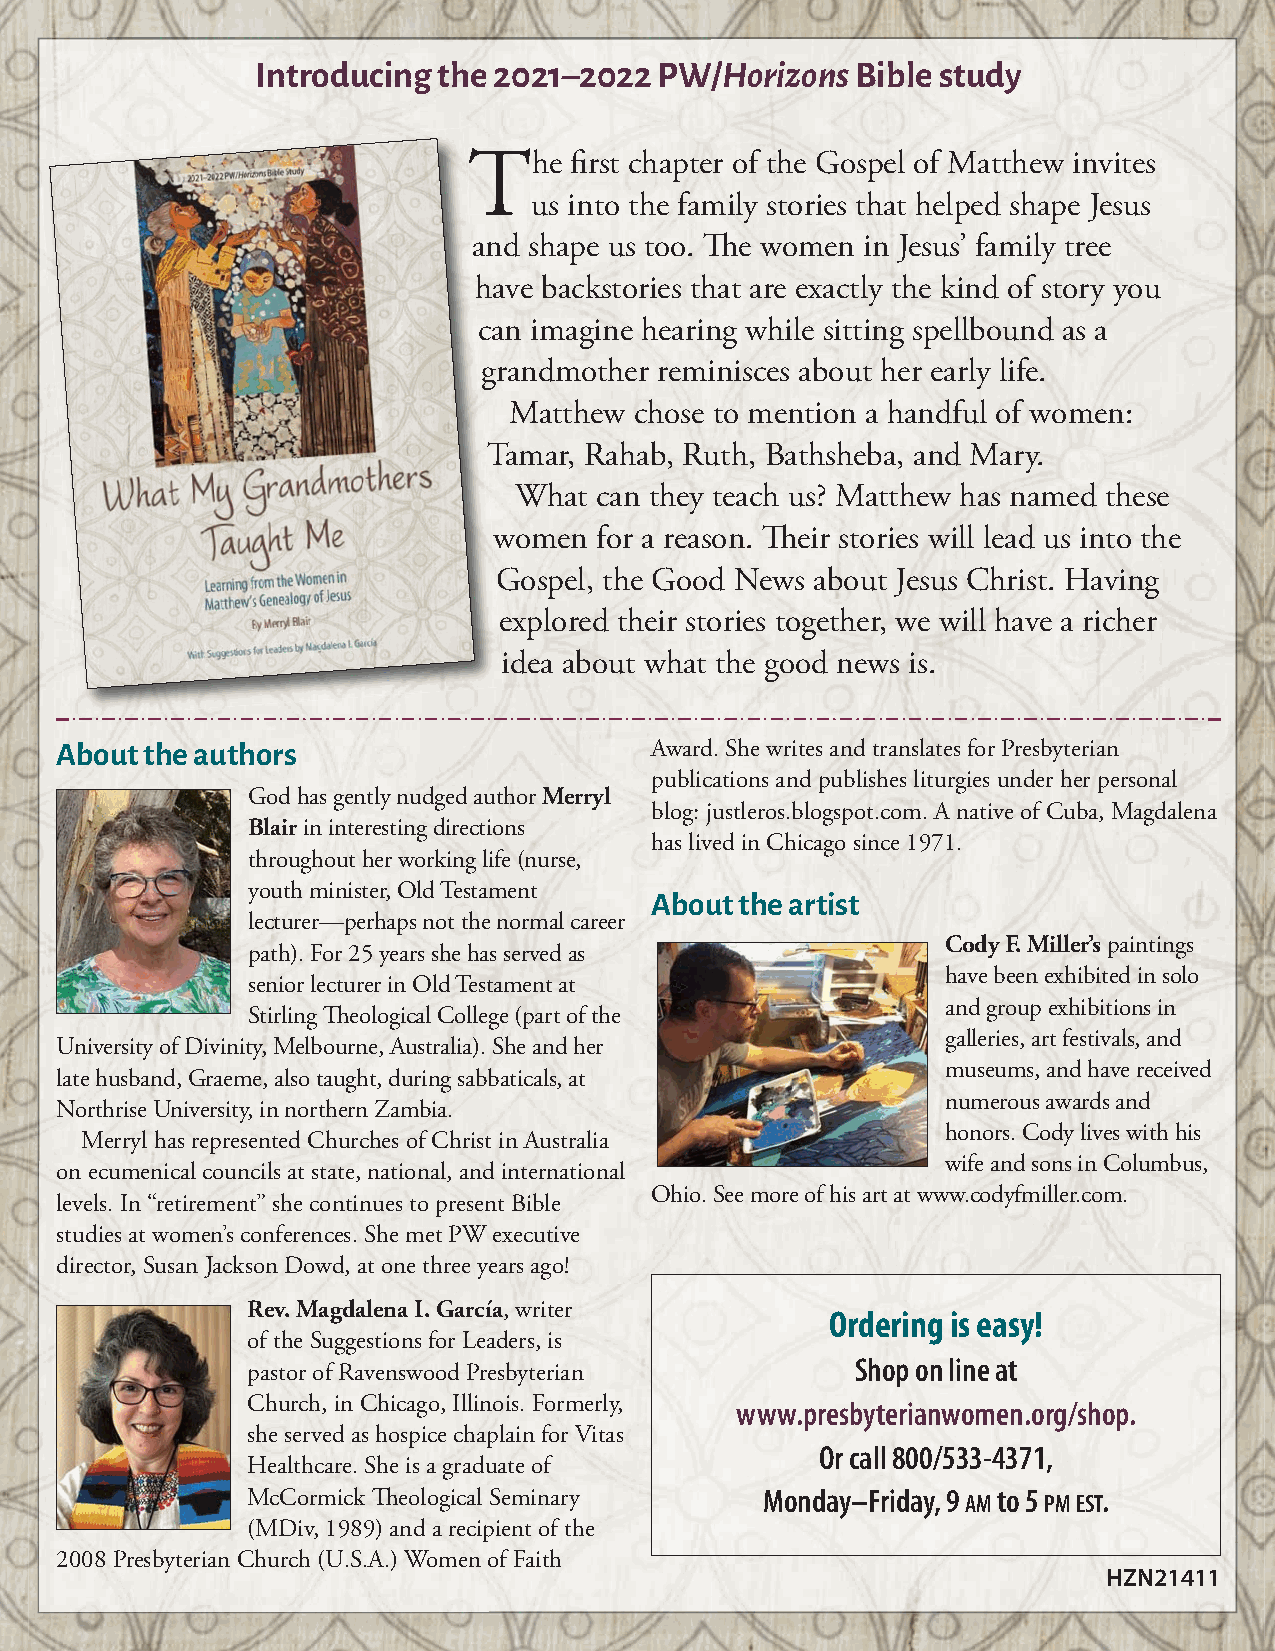
Introducing the 2021–2022  PW/HorizonsBible  study
 TThe   first chapter of the Gospel of Matthew invites
 us into the family stories that helped shape Jesus
 and shape us too. e women in Jesus’ family tree
 have backstories that are exactly the kind of story you
 can imagine hearing while sitting spellbound as a
 ggrandmother reminisces about her early life.
 Matthew chose to mention a handful of women:
 TTamar, Rahab, Ruth, Bathsheba, and Mary.
 What can they teach us? Matthew has named these
 wwomen for a reason. eir stories will lead us into the
 Gospel, the Good News about Jesus Christ. Having
 explored their stories together, we will have a richer
 idea about what the good news is.
 About the authors                      Award. She writes and translates for Presbyterian
 publications and publishes liturgies under her personal
 God has gently nudged author Merryl
 blog: justleros.blogspot.com. A native of Cuba, Magdalena
 Blairin interesting directions
 has lived in Chicago since 1971.
 throughout her working life (nurse,
 youth minister, Old Testament
 About the artist
 lecturer—perhaps not the normal career
 Cody F. Miller’spaintings
 path). For 25 years she has served as
 have been exhibited in solo
 senior lecturer in Old Testament at
 and group exhibitions in
 Stirling eological College (part of the
 galleries, art festivals, and
 University of Divinity, Melbourne, Australia). She and her
 museums, and have received
 late husband, Graeme, also taught, during sabbaticals, at
 numerous awards and
 Northrise University, in northern Zambia.
 honors. Cody lives with his
 Merryl has represented Churches of Christ in Australia
 wife and sons in Columbus,
 on ecumenical councils at state, national, and international
 Ohio. See more of his art at www.codyfmiller.com.
 levels. In “retirement” she continues to present Bible
 studies at women’s conferences. She met PW executive
 director, Susan Jackson Dowd, at one three years ago!
 Rev. Magdalena I. García, writer
 Ordering is easy!
 of the Suggestions for Leaders, is
 Shop on line at
 pastor of Ravenswood Presbyterian
 Church, in Chicago, Illinois. Formerly, www.presbyterianwomen.org/shop.
 she served as hospice chaplain for Vitas
 Or call 800/533-4371,
 Healthcare. She is a graduate of
 McCormick eological Seminary      Monday–Friday, 9 AMto 5 PMEST.
 (MDiv, 1989) and a recipient of the
 2008 Presbyterian Church (U.S.A.) Women of Faith
 HZN21411